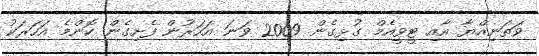
ވަތަނިއްޔާ އާއި ޓީވީއެމް ގުޅިގެން 2009 ވަނަ އަހަރުން ފެށިގެން ކޮންމެ އަހަރަކު